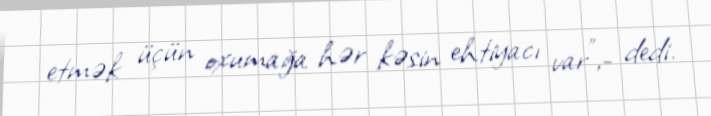
etmək üçün oxumağa hər kəsin ehtiyacı var”,- dedi.